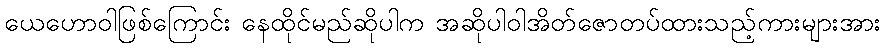
ယေဟောဝါဖြစ်ကြောင်း နေထိုင်မည်ဆိုပါက အဆိုပါဝါအိတ်ဇောတပ်ထားသည့်ကားများအား